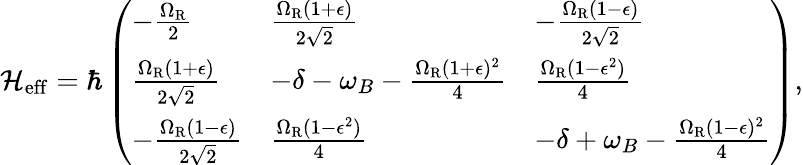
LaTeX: \mathcal{H}_{\mathrm{eff}}=\hbar\left(\begin{array}{lll}{-\frac{\Omega_{\mathrm{R}}}{2}}&{\frac{\Omega_{\mathrm{R}}(1+\epsilon)}{2\sqrt{2}}}&{-\frac{\Omega_{\mathrm{R}}(1-\epsilon)}{2\sqrt{2}}}\\ {\frac{\Omega_{\mathrm{R}}(1+\epsilon)}{2\sqrt{2}}}&{-\delta-\omega_{B}-\frac{\Omega_{\mathrm{R}}(1+\epsilon)^{2}}{4}}&{\frac{\Omega_{\mathrm{R}}(1-\epsilon^{2})}{4}}\\ {-\frac{\Omega_{\mathrm{R}}(1-\epsilon)}{2\sqrt{2}}}&{\frac{\Omega_{\mathrm{R}}(1-\epsilon^{2})}{4}}&{-\delta+\omega_{B}-\frac{\Omega_{\mathrm{R}}(1-\epsilon)^{2}}{4}}\end{array}\right),